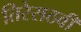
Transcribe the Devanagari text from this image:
तिरेसठवीं